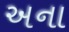
અના